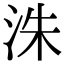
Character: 洙